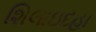
શિલાઇદહા